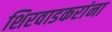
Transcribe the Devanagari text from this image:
शिरवाडकरांना